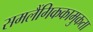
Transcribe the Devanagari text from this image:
समलैंगिककामुकता